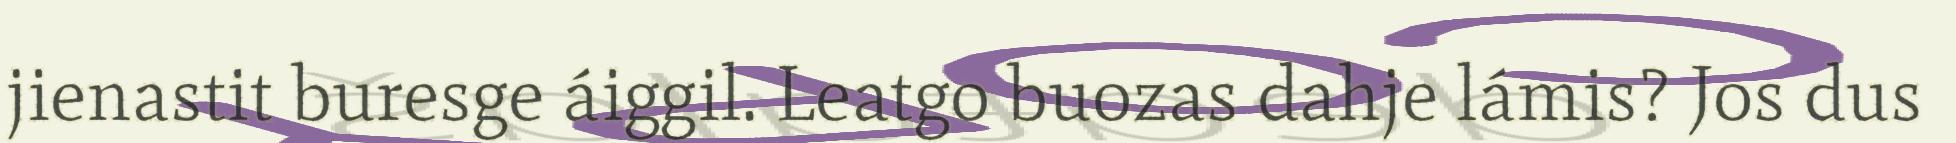
jienastit buresge áiggil. Leatgo buozas dahje lámis? Jos dus